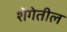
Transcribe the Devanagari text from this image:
शेंगेतील